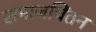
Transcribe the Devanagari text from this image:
समाजचिंतन